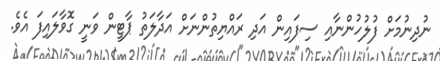
ނުދިނުމަށް ފުލުހުންނާއި ސިފައިން އަދި ރައްޔިތުންނަށް އަދާލަތު ޕާޓީން ވަނީ ގޮވާލައިފަ އެެވެ.